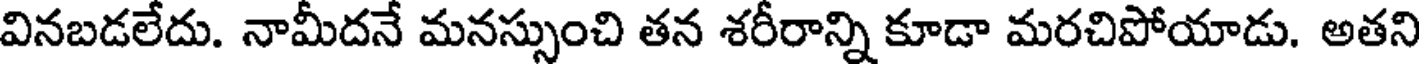
వినబడలేదు. నామీదనే మనస్సుంచి తన శరీరాన్ని కూడా మరచిపోయాడు. అతని